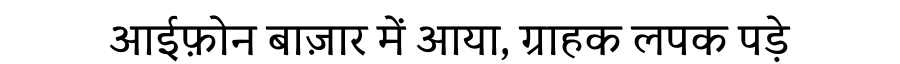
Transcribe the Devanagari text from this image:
आईफ़ोन बाज़ार में आया, ग्राहक लपक पड़े